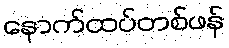
နောက်ထပ်တစ်ဖန်